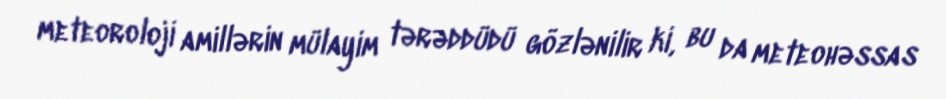
meteoroloji amillərin mülayim tərəddüdü gözlənilir ki, bu da meteohəssas